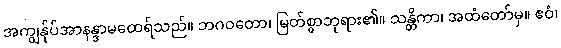
အကျွန်ုပ်အာနန္ဒာမထေရ်သည်။ ဘဂဝတော၊ မြတ်စွာဘုရား၏။ သန္တိကာ၊ အထံတော်မှ။ ဧဝံ၊